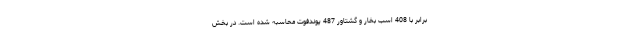
برابر با 408 اسب بخار و گشتاور 487 پوندفوت محاسبه شده است. در بخش